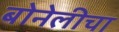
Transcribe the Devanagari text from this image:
बोनेलीचा